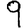
Digit: 9